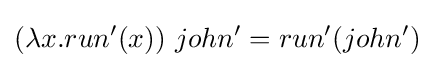
(\lambda x.run'(x))~john'=run'(john')